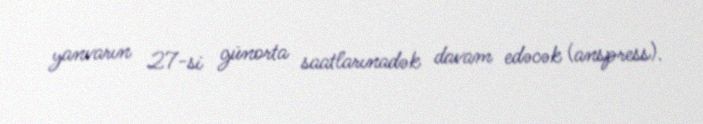
yanvarın 27-si günorta saatlarınadək davam edəcək (anspress).